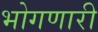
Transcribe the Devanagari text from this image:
भोगणारी